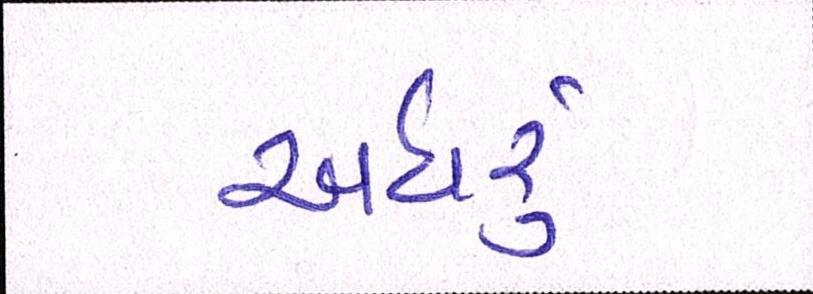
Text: અઘરું